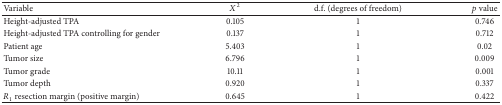
<table><thead><tr><td><b>Variable</b></td><td><b><i>X</i><sup>2</sup></b></td><td><b>d.f. (degrees of freedom)</b></td><td><b><i>p</i> value</b></td></tr></thead><tbody><tr><td>Height-adjusted TPA</td><td>0.105</td><td>1</td><td>0.746</td></tr><tr><td>Height-adjusted TPA controlling for gender</td><td>0.137</td><td>1</td><td>0.712</td></tr><tr><td>Patient age</td><td>5.403</td><td>1</td><td>0.02</td></tr><tr><td>Tumor size</td><td>6.796</td><td>1</td><td>0.009</td></tr><tr><td>Tumor grade</td><td>10.11</td><td>1</td><td>0.001</td></tr><tr><td>Tumor depth</td><td>0.920</td><td>1</td><td>0.337</td></tr><tr><td><i>R</i><sub>1</sub> resection margin (positive margin)</td><td>0.645</td><td>1</td><td>0.422</td></tr></tbody></table>